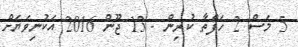
5 މަސް 2 ހަފްތާ ކުރިން - 13 ޖޫން 2016 އަކުނިވަޔަށް